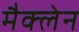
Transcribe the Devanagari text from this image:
मैक्‍लेन